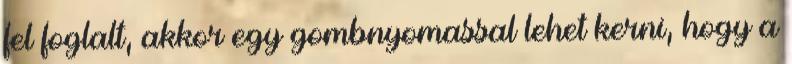
fel foglalt, akkor egy gombnyomassal lehet kerni, hogy a